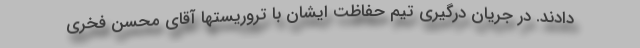
دادند. در جریان درگیری تیم حفاظت ایشان با تروریستها آقای محسن فخری